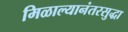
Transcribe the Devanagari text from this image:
मिळाल्यानंतरसुद्धा